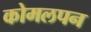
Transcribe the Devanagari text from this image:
कोमलपन